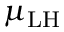
\mu _ { \mathrm { L H } }